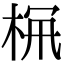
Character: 𣑪